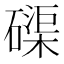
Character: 磲